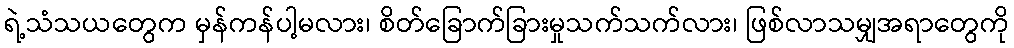
ရဲ့သံသယတွေက မှန်ကန်ပါ့မလား၊ စိတ်ခြောက်ခြားမှုသက်သက်လား၊ ဖြစ်လာသမျှအရာတွေကို